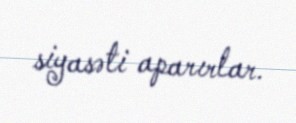
siyasəti aparırlar.